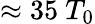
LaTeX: \approx 35~T_{0}